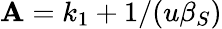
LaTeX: \mathbf{A}=k_{1}+1/(u\beta_{S})